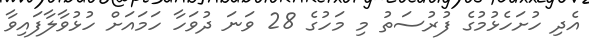
އެދި ހުށަހެޅުމުގެ ފުރުސަތު މި މަހުގެ 28 ވަނަ ދުވަހާ ހަމައަށް ހުޅުވާލާފައިވާ